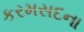
કરમસદના